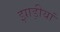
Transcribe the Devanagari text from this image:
झाड़ीयां